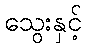
သွေးနှင့်